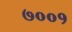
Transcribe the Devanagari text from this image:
७००१